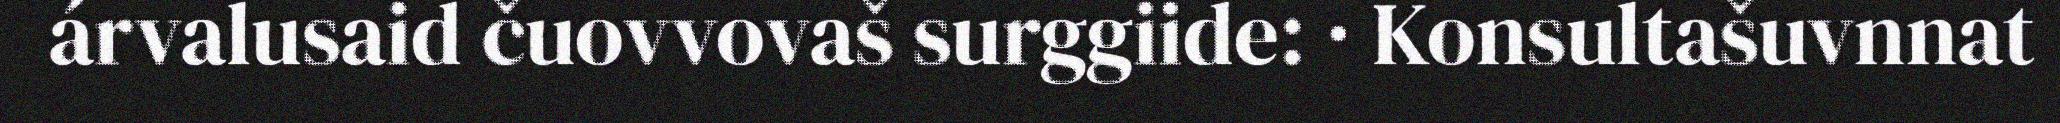
árvalusaid čuovvovaš surggiide: · Konsultašuvnnat